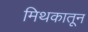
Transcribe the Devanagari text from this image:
मिथकातून